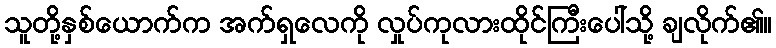
သူတို့နှစ်ယောက်က အက်ရှလေကို လှုပ်ကုလားထိုင်ကြီးပေါ်သို့ ချလိုက်၏။